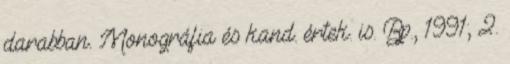
darabban. Monográfia és kand. értek. is. Bp., 1991; 2.